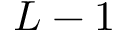
L - 1